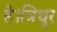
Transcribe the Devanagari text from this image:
है।त्रिचूर